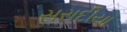
સરાદીયા